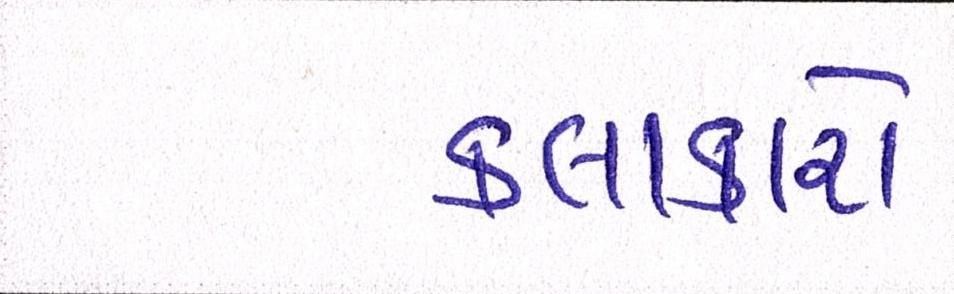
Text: કલાકારો